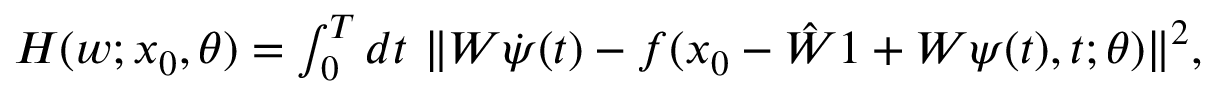
\begin{array} { r } { H ( w ; x _ { 0 } , \theta ) = \int _ { 0 } ^ { T } d t \ \lVert W \dot { \psi } ( t ) - f ( x _ { 0 } - \hat { W } \boldsymbol { 1 } + W \psi ( t ) , t ; \theta ) \lVert ^ { 2 } , } \end{array}